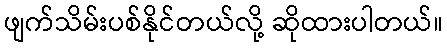
ဖျက်သိမ်းပစ်နိုင်တယ်လို့ ဆိုထားပါတယ်။